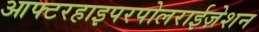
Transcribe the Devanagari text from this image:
आफ्टरहाइपरपोलराईज़ेशन